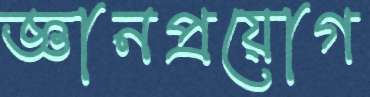
জ্ঞানপ্রয়োগ